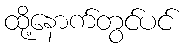
ထို့နောက်တွင်ပင်